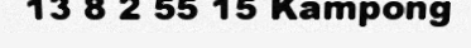
13 8 2 55 15 Kampong